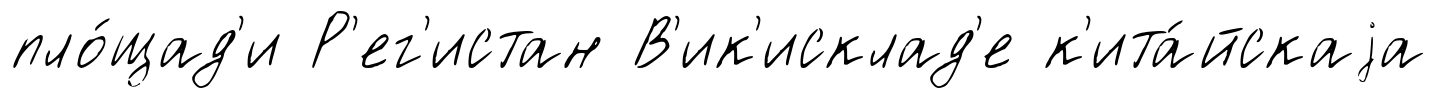
пло́щад'и Р'ег'истан В'ик'исклад'е к'ита́йскаjа